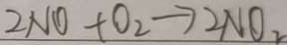
2 N O + O _ { 2 } \rightarrow 2 N O _ { 2 }